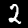
Label: 2